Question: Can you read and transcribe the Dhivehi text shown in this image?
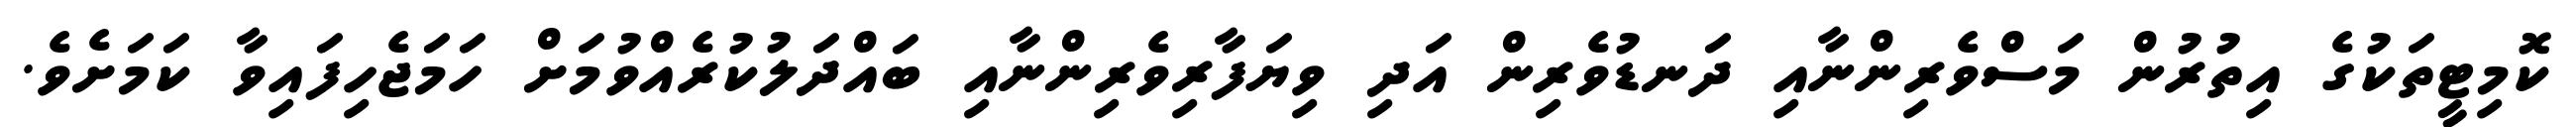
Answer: ކޮމިޓީތަކުގެ އިތުރުން މަސްވެރިންނާއި ދަނޑުވެރިން އަދި ވިޔަފާރިވެރިންނާއި ބައްދަލުކުރެއްވުމަށް ހަމަޖެހިފައިވާ ކަމަށެވެ.